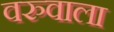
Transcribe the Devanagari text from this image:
वरुवाला